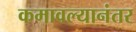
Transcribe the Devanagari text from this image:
कमावल्यानंतर